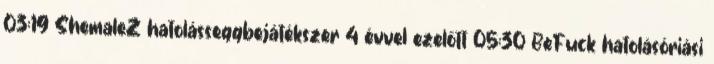
03:19 ShemaleZ hatolásseggbejátékszer 4 évvel ezelőtt 05:30 BeFuck hatolásóriási